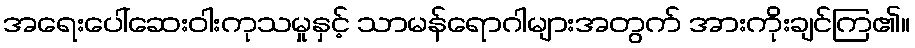
အရေးပေါ်ဆေးဝါးကုသမှုနှင့် သာမန်ရောဂါများအတွက် အားကိုးချင်ကြ၏။